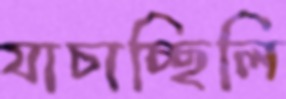
যাচাচ্ছিলি